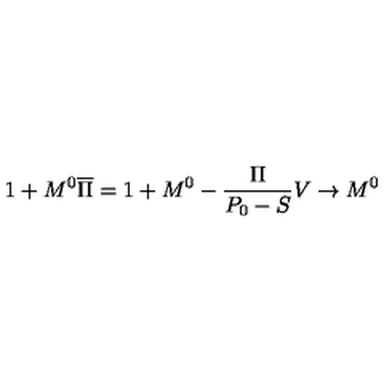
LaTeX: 1 + M ^ { 0 } \overline { \Pi } = 1 + M ^ { 0 } - { \frac { \Pi } { P _ { 0 } - S } } V \to M ^ { 0 }